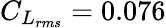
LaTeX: C_{L_{rms}}=0.076